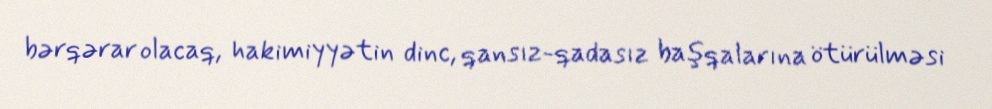
bərqərar olacaq, hakimiyyətin dinc, qansız-qadasız başqalarına ötürülməsi